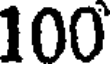
100